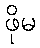
ဖိုမ